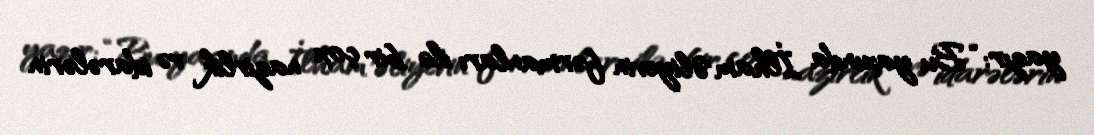
yazır: “Bu yaxında İlham Əliyevin fərmanları ilə bir çox nazirlik və idarələrin